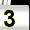
Digit: 3